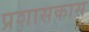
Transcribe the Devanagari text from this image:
प्रशासकास